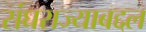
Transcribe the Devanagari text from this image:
संघराज्याबद्दल